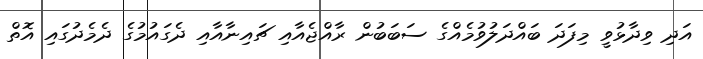
އަދި ވިދާޅުވީ މިފަދަ ބައްދަލުވުމެއްގެ ސަބަބުން ރާއްޖެއާއި ޗައިނާއާއި ދެގައުމުގެ ދެމެދުގައި އޮތް